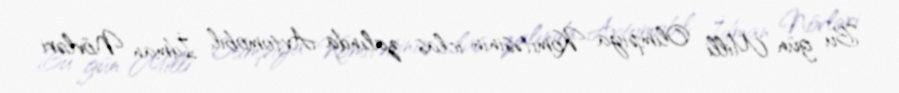
Bu gün Milli Olimpiya Komitəsinin iclas zalında Avtomobil İdman Növləri